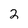
Character: 2